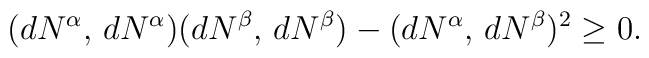
(d N^\alpha,\,d N^\alpha)(d N^\beta,\,d N^\beta)-(d N^\alpha,\, d N^\beta)^2\geq 0.